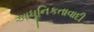
આધૂનિકતાવાદી